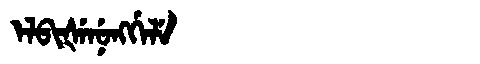
Manchu: ᡝᠯᠪᡳᡧᡝᠨᡠᠩᡤᡝᠯᡝ
Romanization: ELBIŠENUNGGELE